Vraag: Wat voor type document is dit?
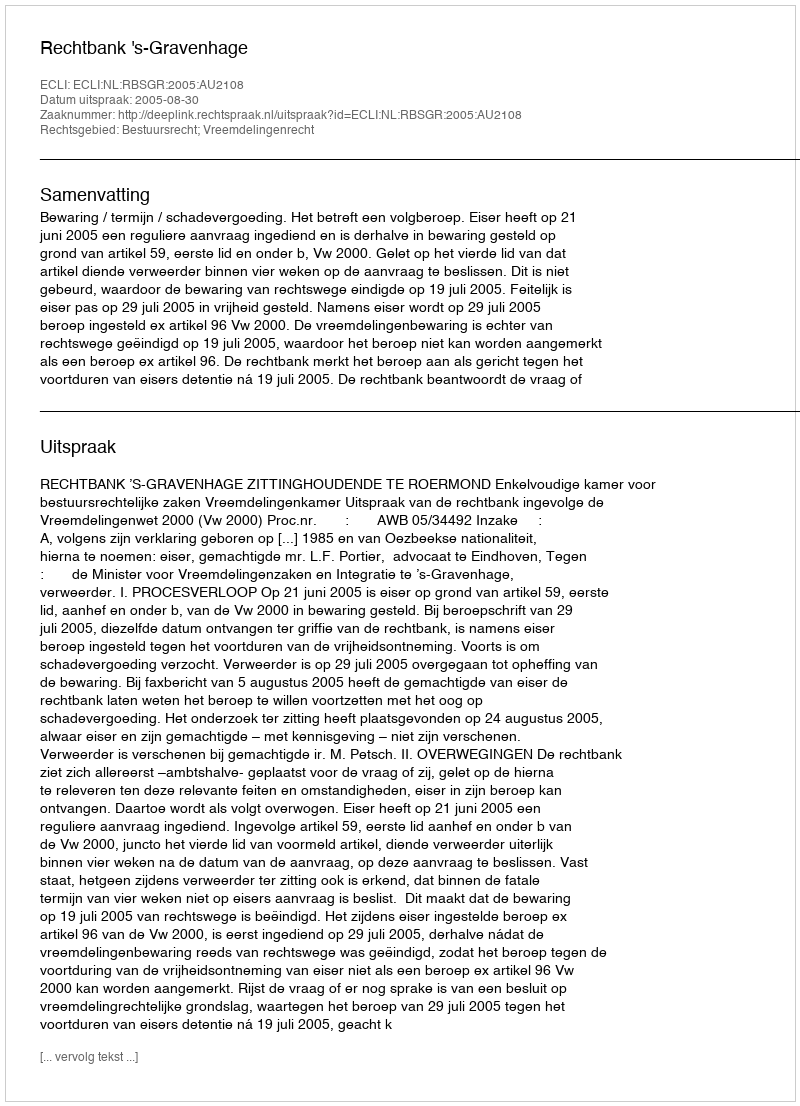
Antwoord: Uitspraak